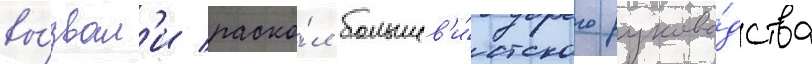
вы́звал'и раско́л большев'и́стского руково́дства